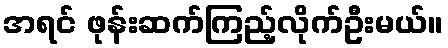
အရင် ဖုန်းဆက်ကြည့်လိုက်ဦးမယ်။